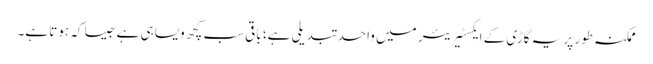
ممکنہ طور پر یہ گاڑی کے ایکسٹیریئر میں واحد تبدیلی ہے؛ باقی سب کچھ ویسا ہی ہے جیسا کہ ہوتا ہے۔